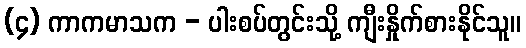
(၄) ကာကမာသက - ပါးစပ်တွင်းသို့ ကျီးနှိုက်စားနိုင်သူ။